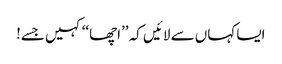
ایسا کہاں سے لائیں کہ ’’اچھا‘‘ کہیں جسے!